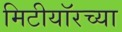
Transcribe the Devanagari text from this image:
मिटीयॉरच्या